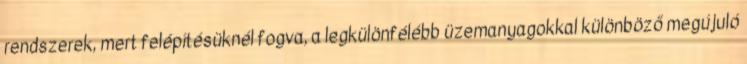
rendszerek, mert felépítésüknél fogva, a legkülönfélébb üzemanyagokkal különböző megújuló